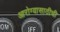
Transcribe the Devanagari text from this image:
आरोग्यासाठीची